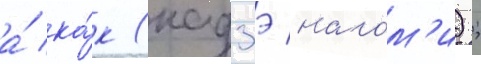
а́ ка́к (кадзэ нагом'и);